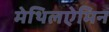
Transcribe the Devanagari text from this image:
मेथिलऐमिन